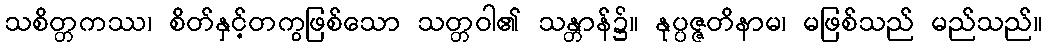
သစိတ္တကဿ၊ စိတ်နှင့်တကွဖြစ်သော သတ္တဝါ၏ သန္တာန်၌။ နုပ္ပဇ္ဇတိနာမ၊ မဖြစ်သည် မည်သည်။